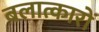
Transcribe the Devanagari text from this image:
बलात्कारों